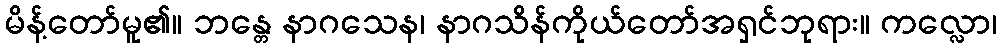
မိန့်တော်မူ၏။ ဘန္တေ နာဂသေန၊ နာဂသိန်ကိုယ်တော်အရှင်ဘုရား။ ကလ္လော၊